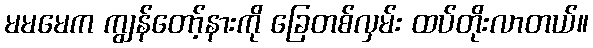
မမမေက ကျွန်တော့်နားကို ခြေတစ်လှမ်း ထပ်တိုးလာတယ်။